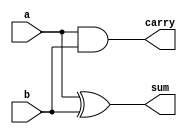
module halfadder(a,b,sum, carry);
input a,b;
output sum,carry;

and i1(carry,a,b);
xor i2(sum,a,b);
endmodule

module full_using_half(a,b,c,sum,carry);
input a,b,c;
output sum,carry;
wire w1,w2,w3;
halfadder i3(a,b,w1,w2);
halfadder i4(w1,c,sum,w3);
or i5(carry, w3,w2);

endmodule

module test;
reg a,b,c;
wire sum,carry;

full_using_half i(a,b,c,sum ,carry);
initial begin
  a=1'b0;
  b=1'b0;
  c=1'b0;
  $monitor("Time :%f, a=%b, b=%b, c=%b, sum=%b, carry=%b",$time, a,b,c,sum,carry);
  #5 a=1'b0; b=1'b0; c=1'b0;
  #5 a=1'b0; b=1'b0; c=1'b1;
  #5 a=1'b0; b=1'b1; c=1'b0;
  #5 a=1'b0; b=1'b1; c=1'b1;
  #5 a=1'b1; b=1'b0; c=1'b0;
  #5 a=1'b1; b=1'b0; c=1'b1;
  #5 a=1'b1; b=1'b1; c=1'b0;
  #5 a=1'b1; b=1'b1; c=1'b1;
end
endmodule